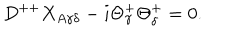
LaTeX: D ^ { + + } X _ { A \gamma \delta } - i \Theta _ { \gamma } ^ { + } \Theta _ { \delta } ^ { + } = 0 .